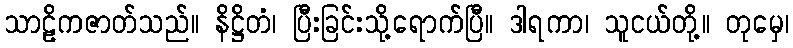
သာဠိကဇာတ်သည်။ နိဋ္ဌိတံ၊ ပြီးခြင်းသို့ရောက်ပြီ။ ဒါရကာ၊ သူငယ်တို့။ တုမှေ၊